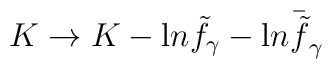
K \rightarrow K - {\mbox ln} {\tilde f}_{\gamma} - {\mbox ln} {\bar{\tilde f}_{\gamma}}